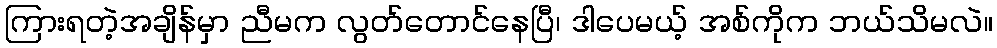
ကြားရတဲ့အချိန်မှာ ညီမက လွတ်တောင်နေပြီ၊ ဒါပေမယ့် အစ်ကိုက ဘယ်သိမလဲ။